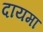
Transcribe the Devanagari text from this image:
दायमा